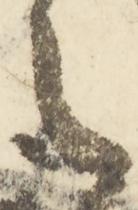
言